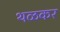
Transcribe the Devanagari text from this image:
थळकर